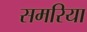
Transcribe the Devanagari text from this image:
समरिया